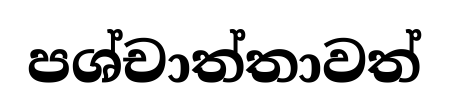
පශ්චාත්තාවත්